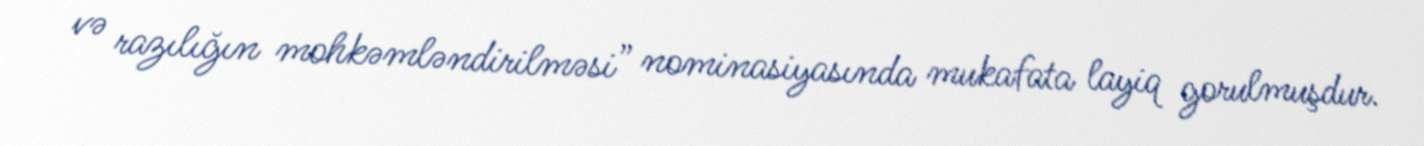
və razılığın mohkəmləndirilməsi” nominasiyasında mukafata layiq gorulmuşdur.